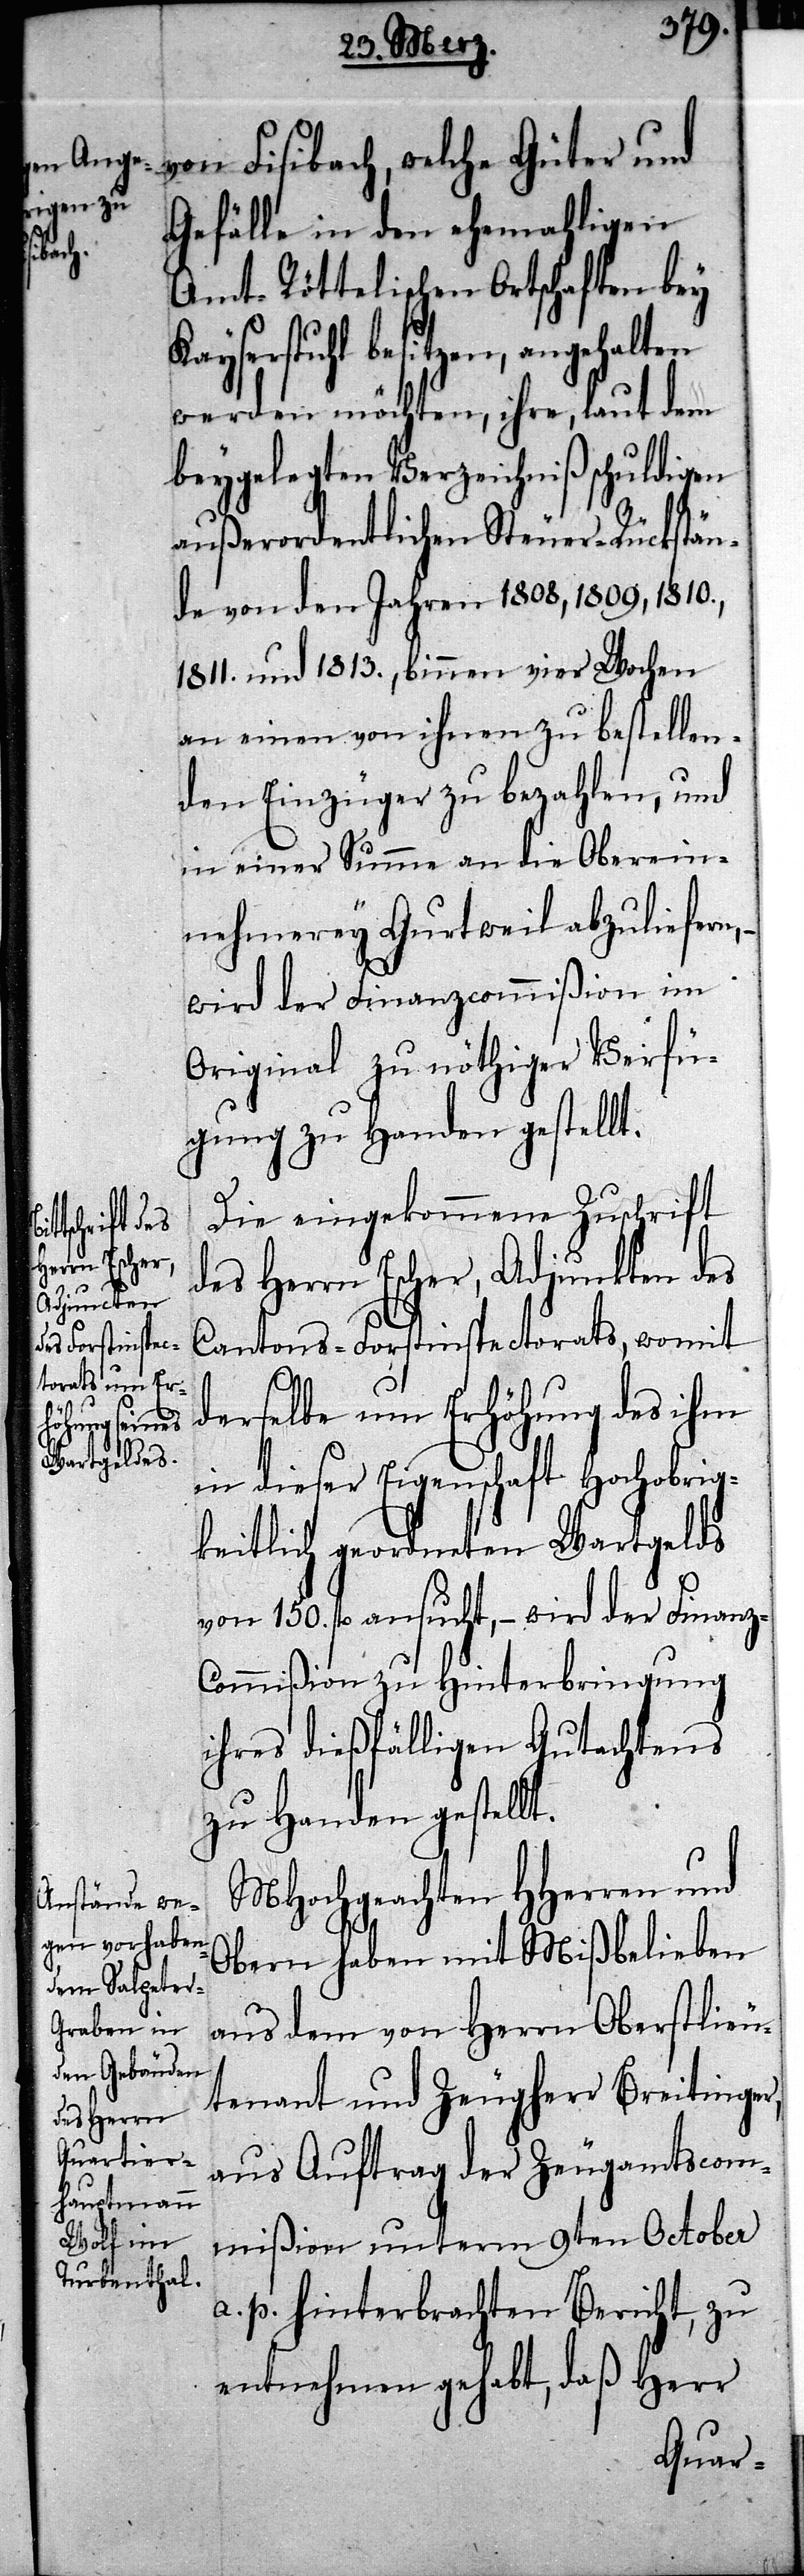
laut dem

von Fisibach, welche Güter und
Gefälle in den ehemahligen
Amt-Röttelischen Ortschaften bey
Kayserstuhl besitzen, ihre,
beygelegten Verzeichniß schuldigen
außerordentlichen Steuer-Rückstän¬
de von den Jahren 1808, 1809, 1810.,
1811. und 1813., binnen vier Wochen
an einen von ihnen zu bestellen¬
den Einzüger zu bezahlen, und
in einer Summe an die Oberein¬
nehmerey Gurtweil abzuliefern,
wird der Finanzcommißion im
Original zu nöthiger Verfü¬
gung zu Handen gestellt.
Die eingekommene Zuschrift
des Herrn Escher, Adjunkten des
Cantons-Forstinspectorats, womit
derselbe um Erhöhung des ihm
in dieser Eigenschaft Hochobrig¬
keitlich geordneten Wartgelds
von 150. fl. ansucht, – wird der Finanz-C¬
ommißion zu Hinterbringung
ihres dießfälligen Gutachtens
zu Handen gestellt.
MHochgeachten HHerren und
Obern haben mit Mißbelieben
aus dem von Herrn Oberstlieu¬
tenant und Zeugherr Breitinger,
aus Auftrag der Zeugamtscom¬
mißion unterm 9ten October
a. p. hinterbrachten Bericht, zu
entnehmen gehabt, daß Herr